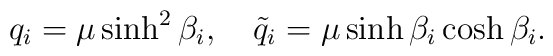
q_i=\mu \sinh^2\beta_i, \ \ \ \tilde q_i =\mu \sinh\beta_i \cosh\beta_i.